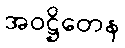
အဝဋ္ဌိတေန